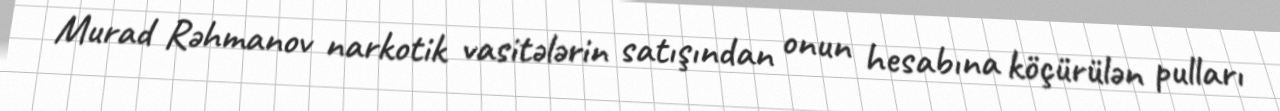
Murad Rəhmanov narkotik vasitələrin satışından onun hesabına köçürülən pulları